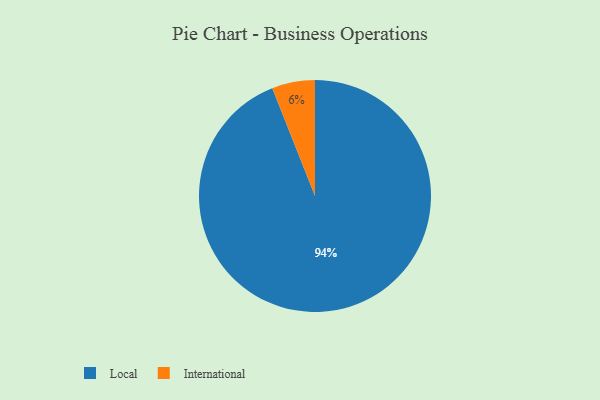
{"axis": {"x": "Category", "y": "Percentage"}, "legend": ["International", "Local"], "data": [{"x": "Local", "y": 94, "type": "Local"}, {"x": "International", "y": 6, "type": "International"}]}